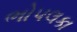
ભોપલકા